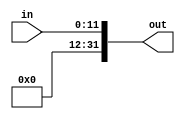
module Extend(in,out);

input [11:0] in; 
output reg [31:0] out; 

always @(in) 
out = {20'b0, in}; //zero extend the immediate to 32 bits 

endmodule